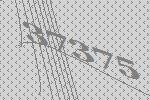
37375